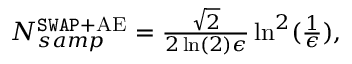
\begin{array} { r } { N _ { s a m p } ^ { \mathtt { S W A P } + \mathrm { A E } } = \frac { \sqrt { 2 } } { 2 \ln ( 2 ) \epsilon } \ln ^ { 2 } ( \frac { 1 } { \epsilon } ) , } \end{array}